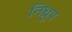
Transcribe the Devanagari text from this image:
निध्रुप